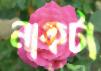
নাকটা